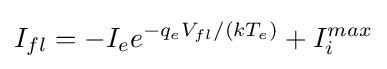
I_{fl}=-I_{e}e^{-q_{e}V_{fl}/(kT_{e})}+I_{i}^{max}